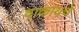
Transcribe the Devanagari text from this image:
वाकायचे